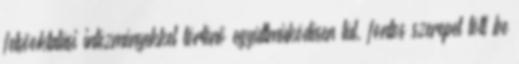
felsõoktatási intézményekkel történõ együttmûködésen túl, fontos szerepet tölt be